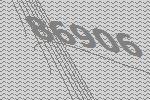
86906